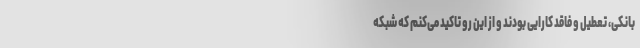
بانکی، تعطیل و فاقد کارایی بودند و از این رو تاکید می‌کنم که شبکه